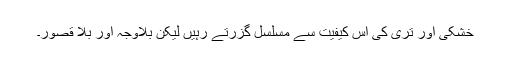
خشکی اور تری کی اس کیفیت سے مسلسل گزرتے رہیں لیکن بلاوجہ اور بلا قصور۔